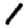
Digit: 1